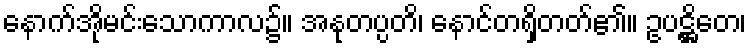
နောက်အိုမင်းသောကာလ၌။ အနုတပ္ပတိ၊ နောင်တရှိတတ်၏။ ဥပဋ္ဌိတေ၊